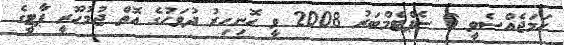
ހަމަޖެއްސެވީ 6 ސެޕްޓެމްބަރު 2008 ވީ ހޮނިހިރު ދުވަހުގެ އޮތް ޖުމުހޫރީ ޕާޓީގެ